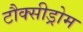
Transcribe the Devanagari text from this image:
टौक्सीड्रोम